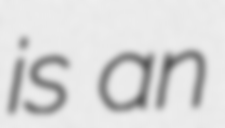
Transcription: is an